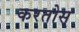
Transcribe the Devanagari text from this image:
करतोस्